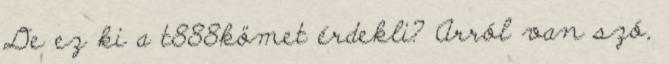
De ez ki a t888kömet érdekli? Arról van szó,